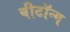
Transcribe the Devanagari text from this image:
बीटॉन्ग